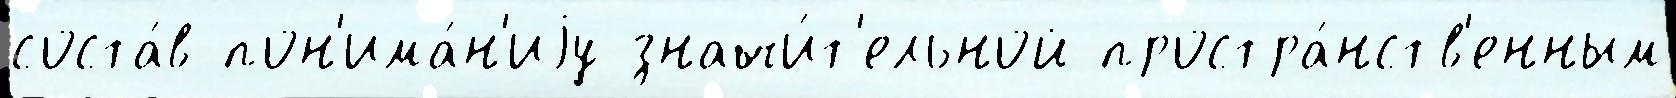
соста́в пон'има́н'иjу значи́т'ельной простра́нств'енным